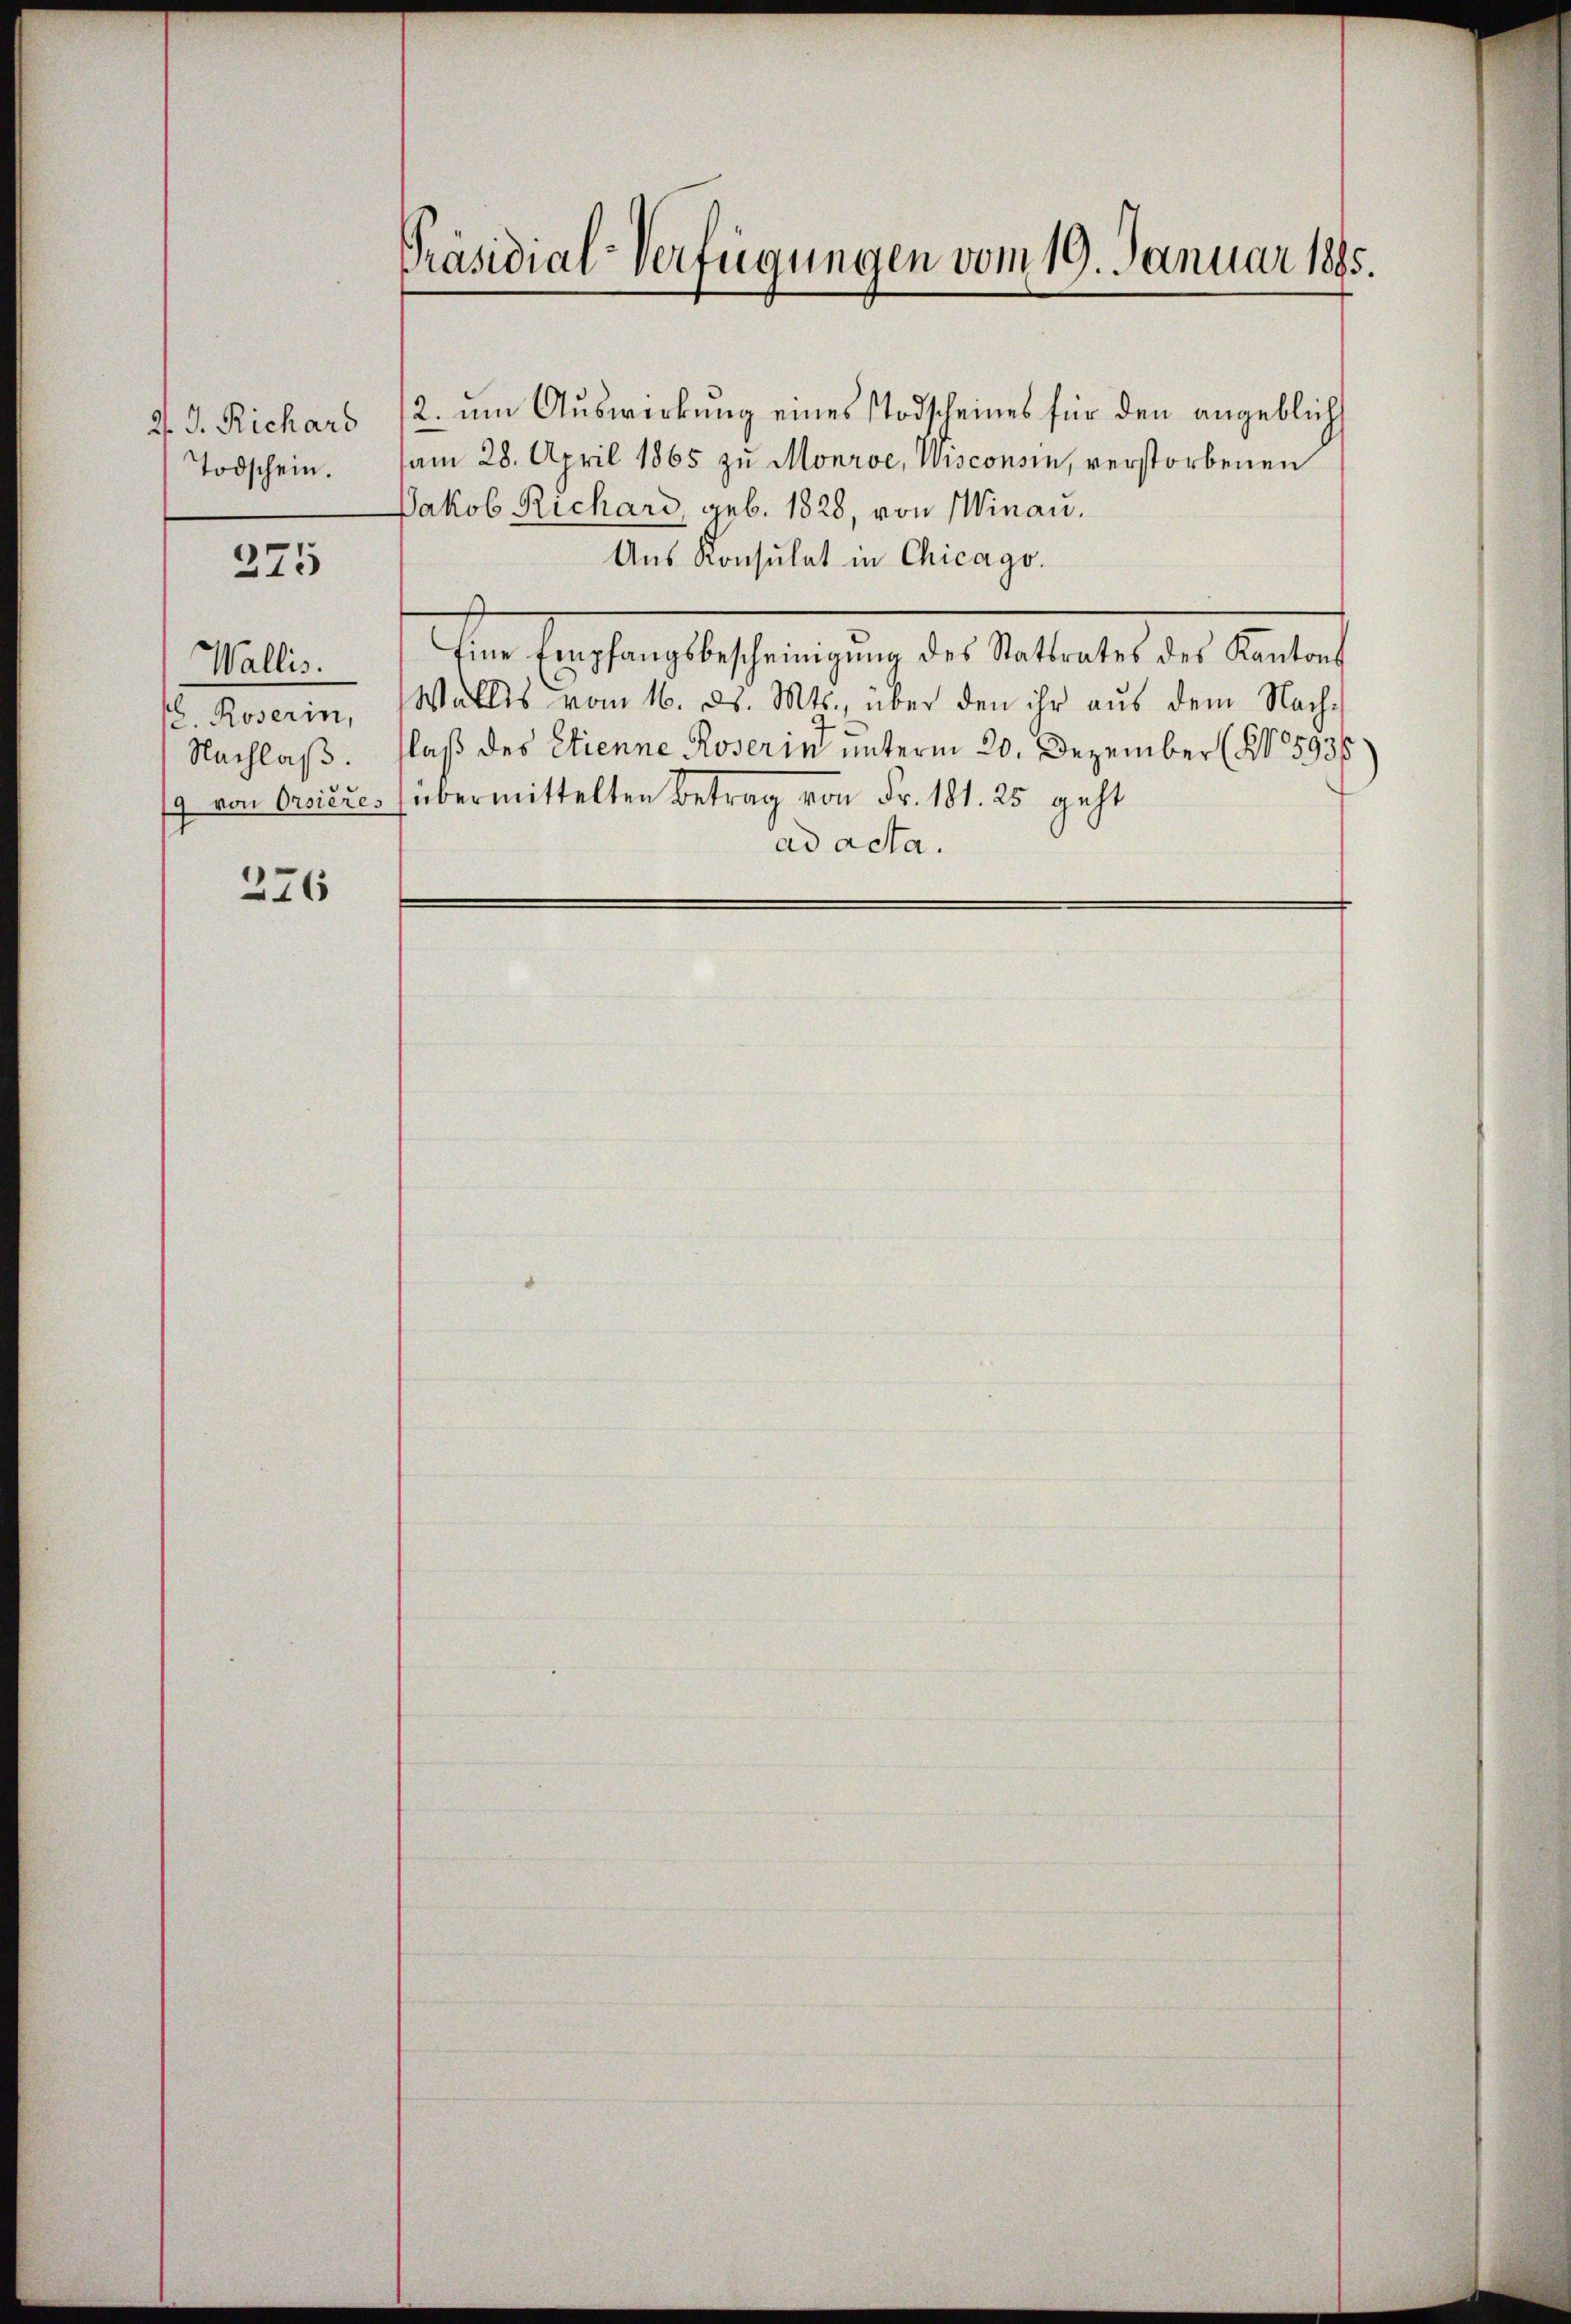
d. J. Richard
Todschein.

275

Wallis.
. Roserin,
Nachlaß.

16

Präsidial-Verfügungen vom 10. Januar 1885.

2. um Auswirkung eines Todscheines für den angeblich
am 28. April 1865 zu Monroe, Wisconsin, verstorbenen
Jakob Richard, geb. 1828, von Winau.
Aus Konsulat in Chicago.
Eine Empfangsbescheinigŭng des Stattrates des Kantons
Wallis vom 16. d. Mts., über den ihr aus dem Nach-
laß des Etienne Roserin unterm 20. Dezember (N. 5936.
9 von Orsieres übermittelten Betrag von Fr. 181. 25 geht
ad acta.